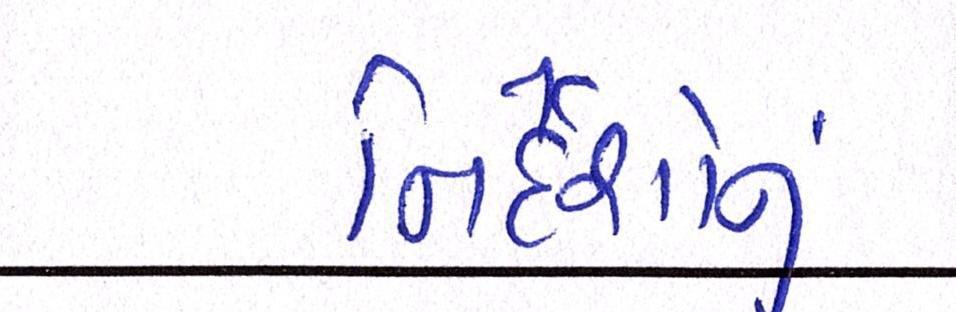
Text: નિર્દેશોનું